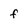
Character: f